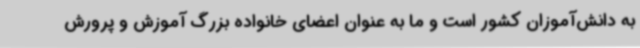
به دانش‌آموزان کشور است و ما به عنوان اعضای خانواده بزرگ آموزش و پرورش